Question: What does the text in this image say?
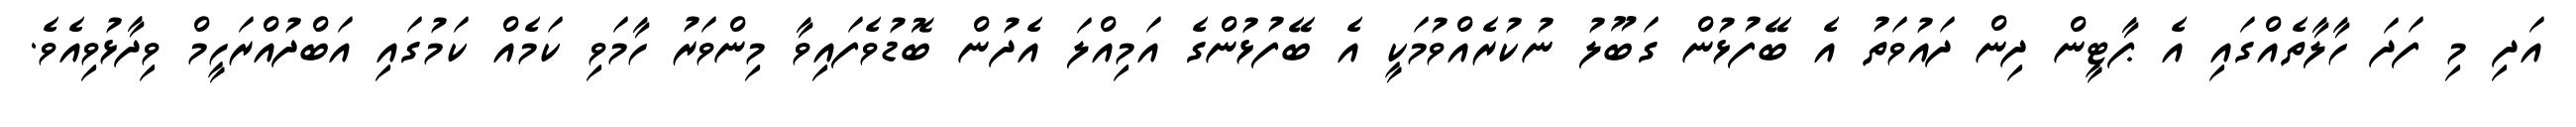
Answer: އަދި މި ފަދަ ހާލާތެއްގައި އެ ޕާޓީން ދިން ދައުވަތު އެ ބޭފުޅުން ގަބޫލު ނުކުރެއްވުމަކީ އެ ބޭފުޅުންގެ އަމިއްލަ އެދުން ބޮޑުވެފައިވާ މިންވަރު ހާމަވި ކަމެއް ކަމުގައި އަބްދުއްރަހީމް ވިދާޅުވިއެވެ.